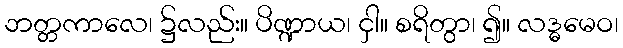
ဘတ္တကာလေ၊ ၌လည်း။ ပိဏ္ဍာယ၊ ငှါ။ စရိတွာ၊ ၍။ လဒ္ဓမေဝ၊